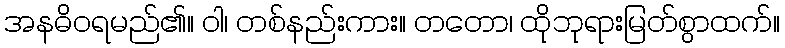
အနဓိဝရမည်၏။ ဝါ၊ တစ်နည်းကား။ တတော၊ ထိုဘုရားမြတ်စွာထက်။